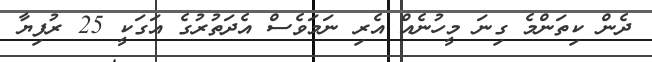
ދެން ކިތަންމެ ގިނަ މީހުނެއް އެރި ނަމަވެސް އެދަތުރުގެ އަގަކީ 25 ރުފިޔާ